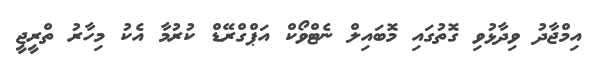
އިމްޖާދު ވިދާޅުވި ގޮތުގައި މޮބައިލް ނެޓްވޯކް އަޕްގްރޭޑް ކުރުމާ އެކު މިހާރު ތްރީޖީ